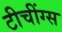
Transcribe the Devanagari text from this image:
टीचींग्स